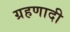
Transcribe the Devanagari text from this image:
ग्रहणादी